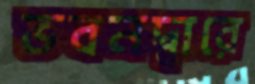
ভবনদ্বারে